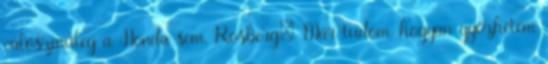
valószínűleg a Honda sem. Rosberg: Már tudom, hogyan győzhetem